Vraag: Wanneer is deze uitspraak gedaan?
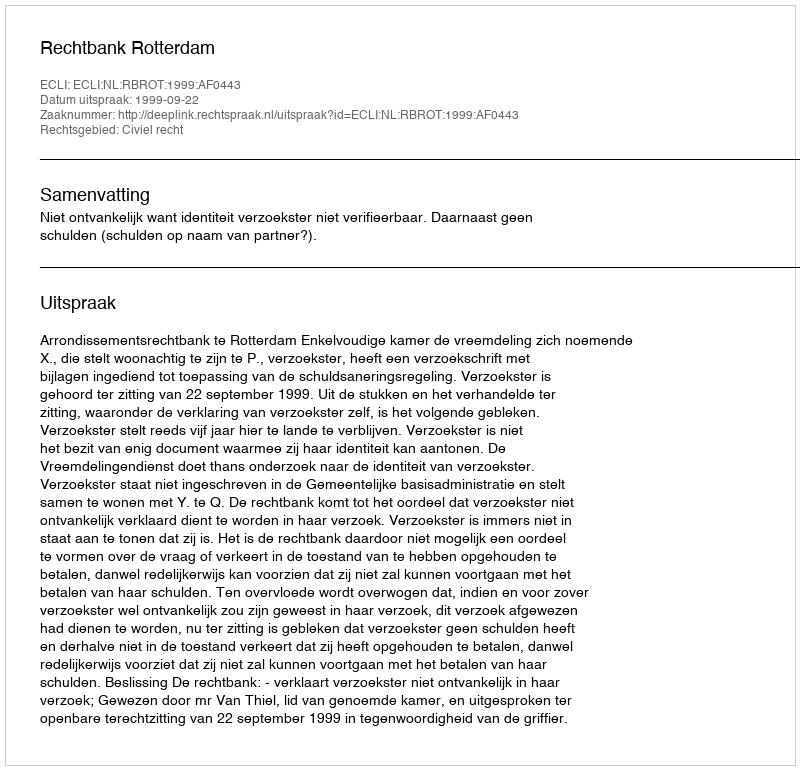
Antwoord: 1999-09-22